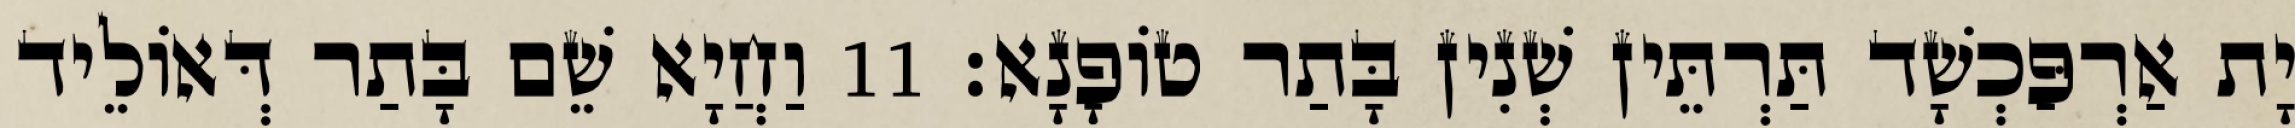
יָת אַרְפַּכְשָׁד תַּרְתֵּין שְׁנִין בָּתַר טוֹפָנָא׃ 11 וַחֲיָא שֵׁם בָּתַר דְּאוֹלֵיד